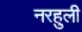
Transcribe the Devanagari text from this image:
नरहुली